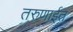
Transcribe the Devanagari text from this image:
तरुणाईत